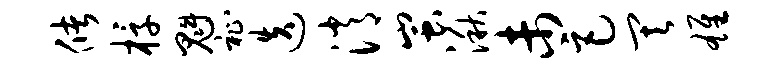
储椁魁祉迭消蚩湫未巨其雄